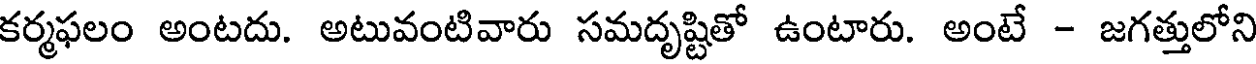
కర్మఫలం అంటదు. అటువంటివారు సమదృష్టితో ఉంటారు. అంటే - జగత్తులోని